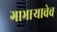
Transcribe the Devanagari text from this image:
गाभार्‍याचेच